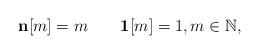
LaTeX: \begin{align*}\mathbf{n}[m]=m\quad\quad\mathbf{1}[m]=1,m\in\mathbb N,\end{align*}